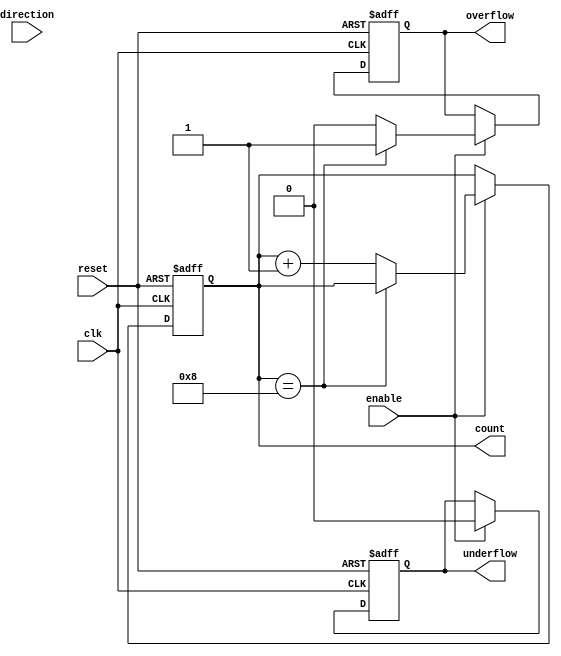
module Parameterized_Counter #(
    parameter WIDTH = 4,             // Define the number of bits for the counter
    parameter MODE = "UP"            // Define counting mode: "UP", "DOWN", "UP_DOWN"
)(
    input wire clk,                  // Clock signal
    input wire reset,                // Asynchronous reset signal
    input wire enable,               // Enable signal
    input wire direction,            // Direction signal (1 for up, 0 for down) in UP_DOWN mode
    output reg [WIDTH-1:0] count,    // Current count value
    output reg overflow,             // Overflow flag for UP mode
    output reg underflow             // Underflow flag for DOWN mode
);

    // Initialize count, overflow, and underflow
    initial begin
        count = 0;
        overflow = 0;
        underflow = 0;
    end

    always @(posedge clk or posedge reset) begin
        if (reset) begin
            count <= 0;                // Reset the counter
            overflow <= 0;             // Clear overflow flag
            underflow <= 0;            // Clear underflow flag
        end else if (enable) begin
            case (MODE)
                "UP": begin
                    if (count == {1'b1, {WIDTH-1{1'b0}}}) begin
                        overflow <= 1;    // Set overflow flag
                    end else begin
                        count <= count + 1;
                        overflow <= 0;    // Clear overflow flag
                    end
                    underflow <= 0;        // Clear underflow flag
                end
                
                "DOWN": begin
                    if (count == 0) begin
                        underflow <= 1;    // Set underflow flag
                    end else begin
                        count <= count - 1;
                        underflow <= 0;    // Clear underflow flag
                    end
                    overflow <= 0;         // Clear overflow flag
                end
                
                "UP_DOWN": begin
                    if (direction) begin
                        if (count == {1'b1, {WIDTH-1{1'b0}}}) begin
                            overflow <= 1;    // Set overflow flag
                        end else begin
                            count <= count + 1;
                            overflow <= 0;    // Clear overflow flag
                        end
                        underflow <= 0;        // Clear underflow flag
                    end else begin
                        if (count == 0) begin
                            underflow <= 1;    // Set underflow flag
                        end else begin
                            count <= count - 1;
                            underflow <= 0;    // Clear underflow flag
                        end
                        overflow <= 0;         // Clear overflow flag
                    end
                end
                
                default: begin
                    count <= count;         // No operation on invalid mode
                end
            endcase
        end
    end

endmodule